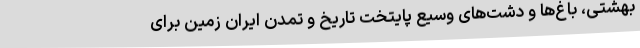
بهشتی، باغ‌ها و دشت‌های وسیع پایتخت تاریخ و تمدن ایران زمین برای